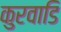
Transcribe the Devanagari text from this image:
कुरवाडि